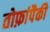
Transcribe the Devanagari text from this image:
तोफ़ांपैकी